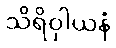
သိရိဝှါယနံ